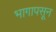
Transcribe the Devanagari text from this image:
भागापसून